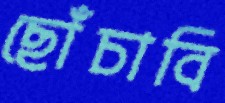
ছোঁচাবি